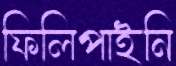
ফিলিপাইনি